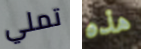
تملي هذه